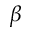
\beta